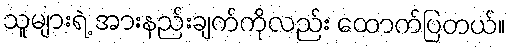
သူများရဲ့ အားနည်းချက်ကိုလည်း ထောက်ပြတယ်။